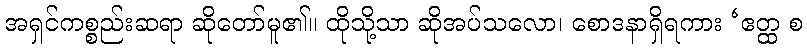
အရှင်ကစ္စည်းဆရာ ဆိုတော်မူ၏။ ထိုသို့သာ ဆိုအပ်သလော၊ စောဒနာရှိရကား ‘ဧတ္ထ စ